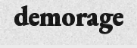
demorage